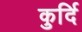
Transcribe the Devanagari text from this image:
कुर्दि